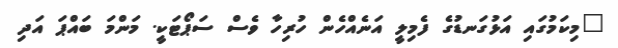
"މިކަމުގައި އަޅުގަނޑުގެ ފެމިލީ އަނެއްހެން ހުރިހާ ވެސް ސަޕޯޓަކީ. މަންމަ ބައްޕަ އަދި